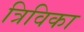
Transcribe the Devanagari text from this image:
त्रिविका